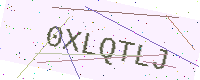
Text: 0XLQTLJ